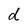
Character: d